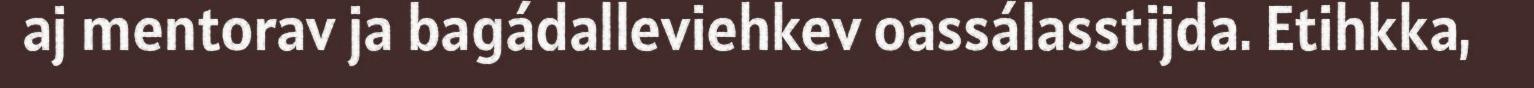
aj mentorav ja bagádalleviehkev oassálasstijda. Etihkka,